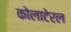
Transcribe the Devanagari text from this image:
कोलाटेरल